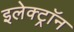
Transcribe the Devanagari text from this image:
इलेक्ट्राॅन